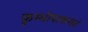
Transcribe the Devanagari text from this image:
कुम्भीपाकगतं